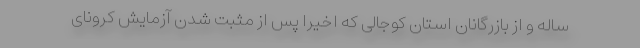
ساله و از بازرگانان استان کوجالی که اخیرا پس از مثبت شدن آزمایش کرونای